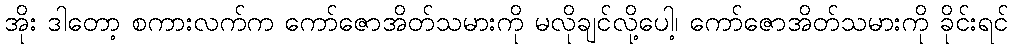
အိုး ဒါတော့ စကားလက်က ကော်ဇောအိတ်သမားကို မလိုချင်လို့ပေါ့၊ ကော်ဇောအိတ်သမားကို ခိုင်းရင်